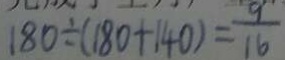
1 8 0 \div ( 1 8 0 + 1 4 0 ) = \frac { 9 } { 1 6 }